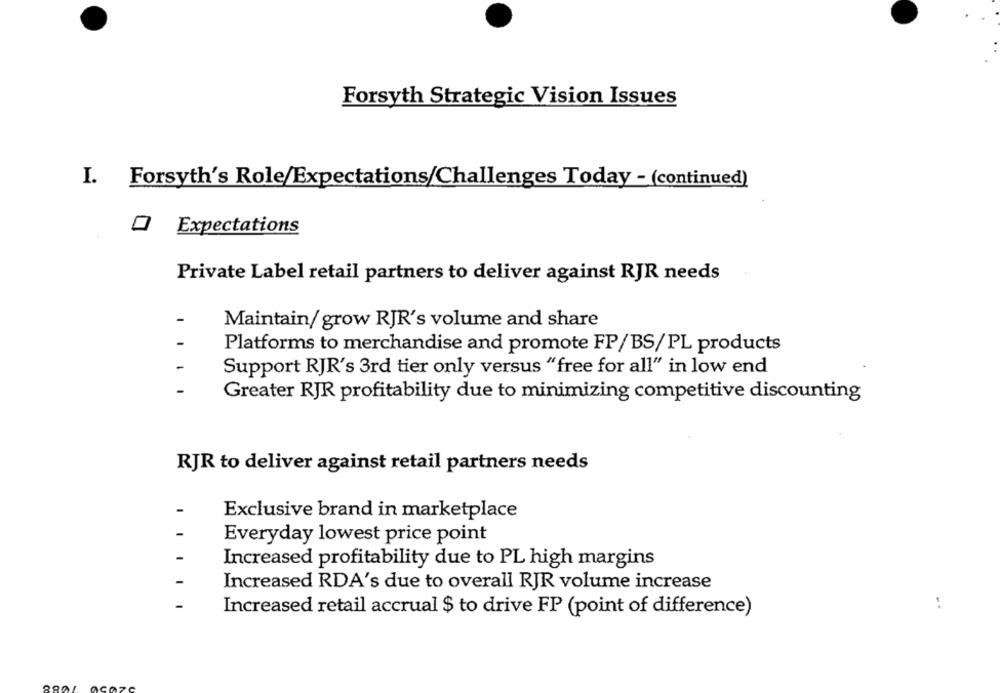
Forsyth Strategic Vision Issues
I. Forsyth's Role/Expectations/Challenges Today - (continued)
0
Expectations
Private Label retail partners to deliver against RJR needs
1
Maintain/ grow RJR's volume and share
Platforms to merchandise and promote FP/BS/PL products
Support RJR's 3rd tier only versus "free for all" in low end
Greater RJR profitability due to minimizing competitive discounting
RJR to deliver against retail partners needs
Exclusive brand in marketplace
Everyday lowest price point
Increased profitability due to PL high margins
Increased RDA's due to overall RJR volume increase
..
Increased retail accrual $ to drive FP (point of difference)
07C